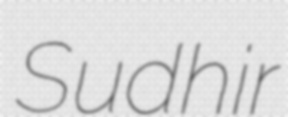
Sudhir